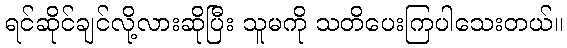
ရင်ဆိုင်ချင်လို့လားဆိုပြီး သူမကို သတိပေးကြပါသေးတယ်။